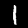
Label: 1